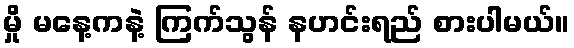
မှို မနေ့ကနဲ့ ကြက်သွန် နဟင်းရည် စားပါမယ်။